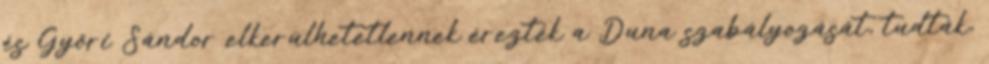
és Gyõri Sándor elkerülhetetlennek érezték a Duna szabályozását, tudták,